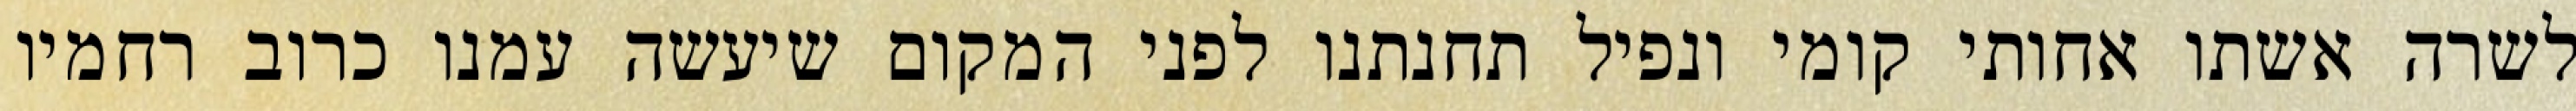
לשרה אשתו אחותי קומי ונפיל תחנתנו לפני המקום שיעשה עמנו כרוב רחמיו